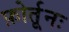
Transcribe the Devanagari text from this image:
फ़ोर्तूनः